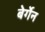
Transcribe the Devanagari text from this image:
बेर्गेन